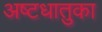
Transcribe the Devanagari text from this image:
अष्टधातुका